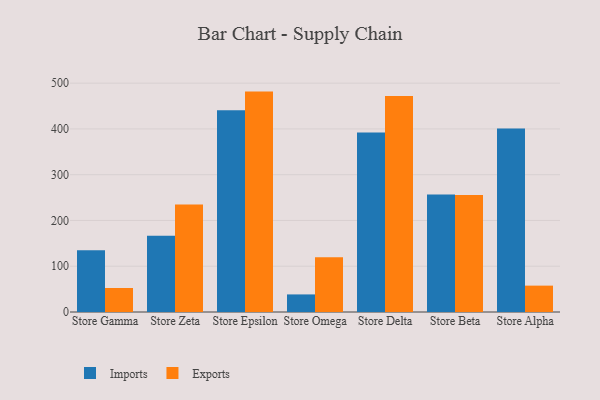
{"axis": {"x": "Store", "y": "Website Visitors"}, "legend": ["Exports", "Imports"], "data": [{"x": "Store Gamma", "y": 134.9, "type": "Imports"}, {"x": "Store Gamma", "y": 52.4, "type": "Exports"}, {"x": "Store Zeta", "y": 166.5, "type": "Imports"}, {"x": "Store Zeta", "y": 234.8, "type": "Exports"}, {"x": "Store Epsilon", "y": 440.7, "type": "Imports"}, {"x": "Store Epsilon", "y": 481.5, "type": "Exports"}, {"x": "Store Omega", "y": 38.4, "type": "Imports"}, {"x": "Store Omega", "y": 119.6, "type": "Exports"}, {"x": "Store Delta", "y": 392.3, "type": "Imports"}, {"x": "Store Delta", "y": 471.9, "type": "Exports"}, {"x": "Store Beta", "y": 256.6, "type": "Imports"}, {"x": "Store Beta", "y": 255.5, "type": "Exports"}, {"x": "Store Alpha", "y": 401.0, "type": "Imports"}, {"x": "Store Alpha", "y": 57.6, "type": "Exports"}]}